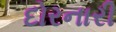
દોરનારી